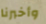
وأخبرنا